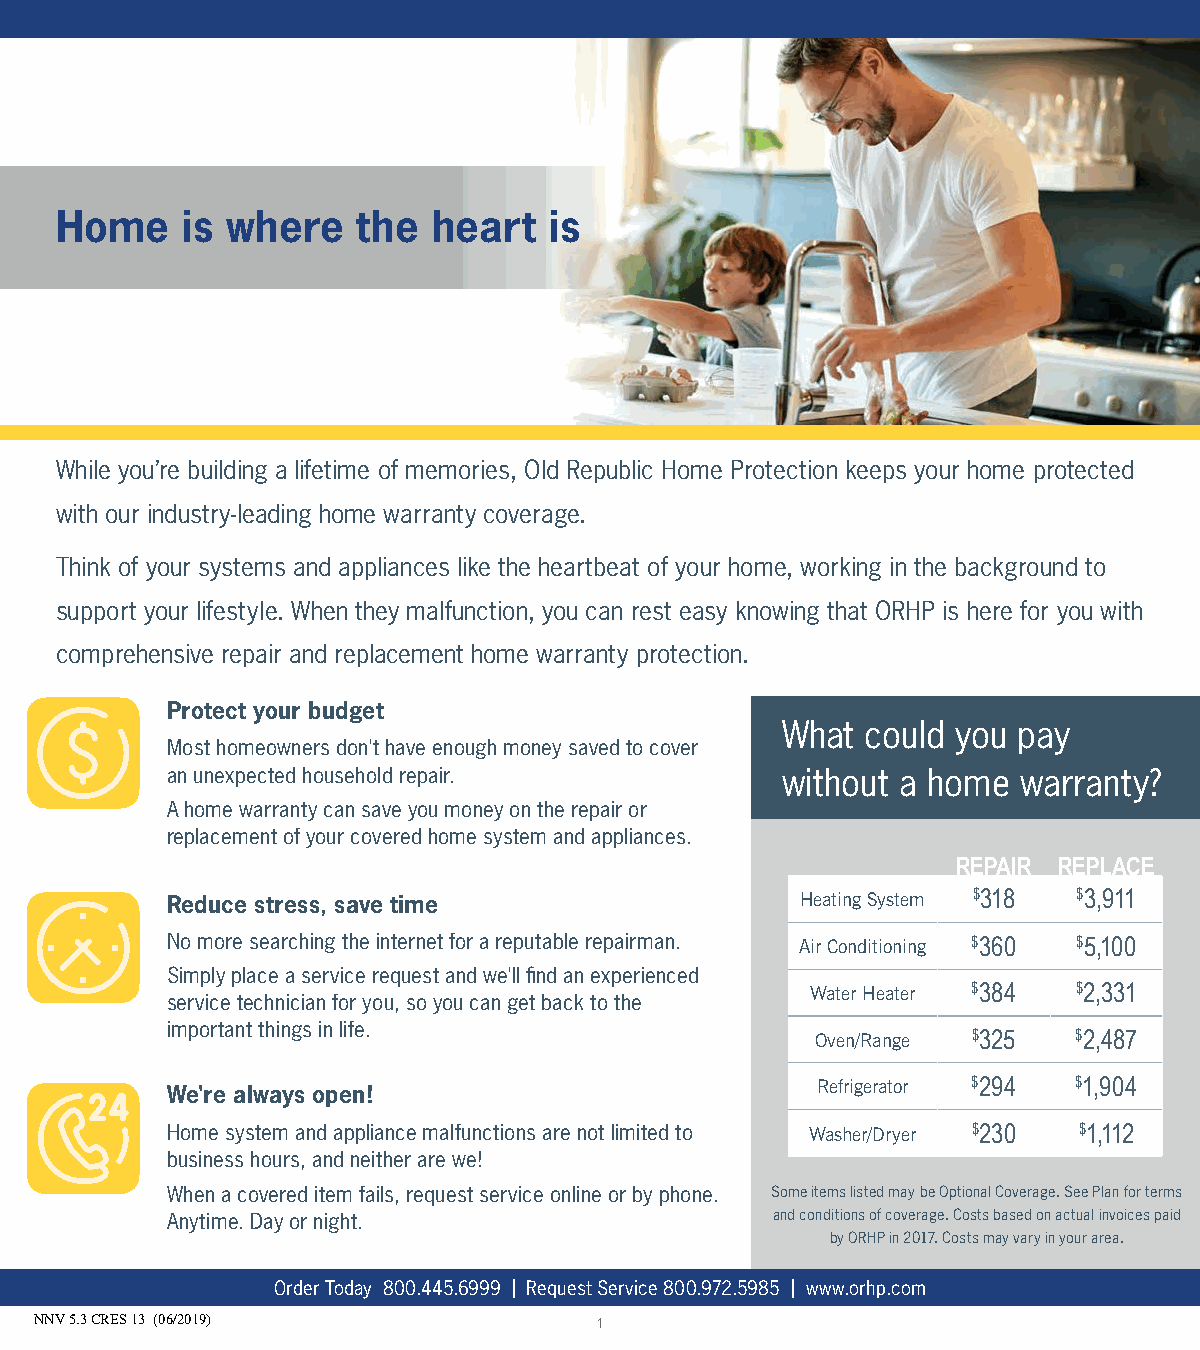
Home    is where    the  heart  is
 While you’re building a lifetime of memories, Old Republic Home Protection keeps your home protected
 with our industry-leading home warranty coverage.
 Think of your systems and appliances like the heartbeat of your home, working in the background to
 support your lifestyle. When they malfunction, you can rest easy knowing that ORHP is here for you with
 comprehensive repair and replacement home warranty protection.
 Protect your budget
 What could you pay
 Most homeowners don't have enough money saved to cover
 an unexpected household repair.          without a home  warranty?
 A home warranty can save you money on the repair or
 replacement of your covered home system and appliances.
 REPAIR REPLACE
 Reduce stress, save time                  Heating System $318 $3,911
 No more searching the internet for a reputable repairman. Air Conditioning $360 $5,100
 Simply place a service request and we'll find an experienced
 Water Heater $384 $2,331
 service technician for you, so you can get back to the
 important things in life.
 Oven/Range $325  $2,487
 Refrigerator $294 $1,904
 We're always open!
 Home system and appliance malfunctions are not limited to Washer/Dryer $230 $1,112
 business hours, and neither are we!
 When a covered item fails, request service online or by phone. Some items listed may be Optional Coverage. See Plan for terms
 Anytime. Day or night.                  and conditions of coverage. Costs based on actual invoices paid
 by ORHP in 2017. Costs may vary in your area.
 Order Today 800.445.6999 | Request Service 800.972.5985 | www.orhp.com
 NNV 5.3 CRES 13 (06/2019)            1